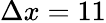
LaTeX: \Delta x=11